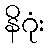
နိဂုံး